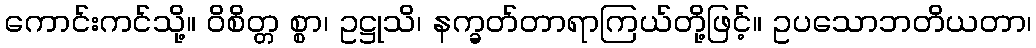
ကောင်းကင်သို့။ ဝိစိတ္တ စ္စာ၊ ဥဋ္ဌုသိ၊ နက္ခတ်တာရာကြယ်တို့ဖြင့်။ ဥပသောဘတိယတာ၊